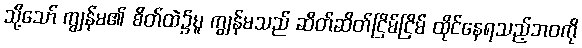
သို့သော် ကျွန်မ၏ စိတ်ထဲ၌မူ ကျွန်မသည် ဆိတ်ဆိတ်ငြိမ်ငြိမ် ထိုင်နေရသည့်ဘဝကို